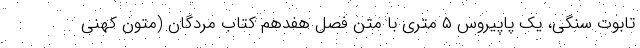
تابوت سنگی، یک پاپیروس ۵ متری با متن فصل هفدهم کتاب مردگان (متون کهنی